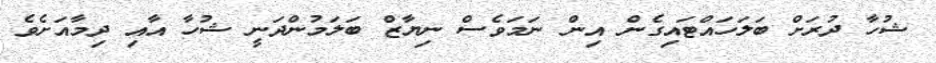
ޝުހާ ދުރަށް ބަލަހައްޓައިގެން އިން ނަމަވެސް ނިޔާޒް ބަލަމުންދަނީ ޝުހާ އާއި ދިމާއަށެވެ